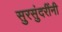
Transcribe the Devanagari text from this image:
सुरसुंदरींनी